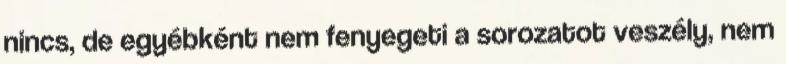
nincs, de egyébként nem fenyegeti a sorozatot veszély, nem